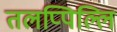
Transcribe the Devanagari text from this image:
तलप्पिल्लि